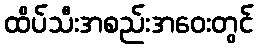
ထိပ်သီးအစည်းအဝေးတွင်